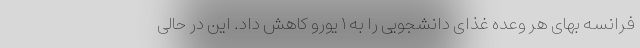
فرانسه بهای هر وعده غذای دانشجویی را به ۱ یورو کاهش داد. این در حالی